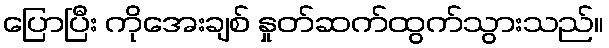
ပြောပြီး ကိုအေးချစ် နှုတ်ဆက်ထွက်သွားသည်။